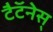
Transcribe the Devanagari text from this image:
टैटॅनेस्